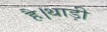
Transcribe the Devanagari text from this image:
है।थाड़ी